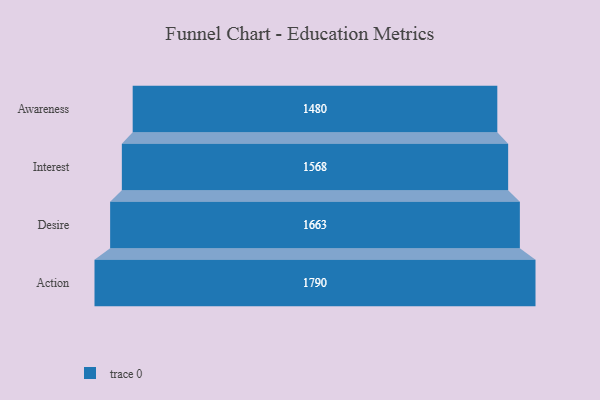
{"axis": {"x": "Stage", "y": "Value"}, "legend": [""], "data": [{"x": "Awareness", "y": 1480.0, "type": ""}, {"x": "Interest", "y": 1568.0, "type": ""}, {"x": "Desire", "y": 1663.0, "type": ""}, {"x": "Action", "y": 1790.0, "type": ""}]}